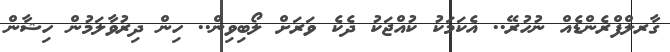
ގާރލްފްރެންޑެއް ނުހުރޭ.. އެކަމަކު ކުއްޖަކު ދެކެ ވަރަށް ލޯބިވިން.. ހިން ދިރުވާލަމުން ހިޝާން